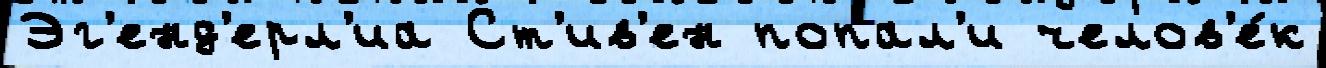
Эг'енд'ерл'иа Ст'ив'ен попал'и челов'е́к